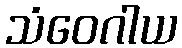
သံဝေဂါယ